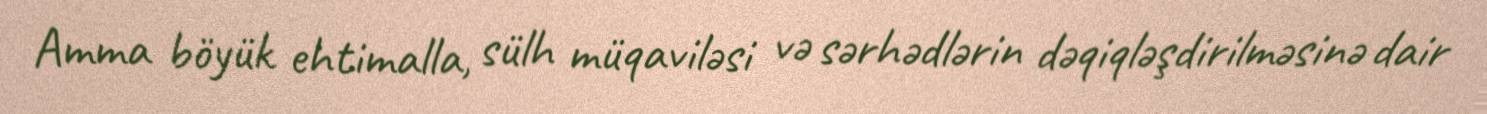
Amma böyük ehtimalla, sülh müqaviləsi və sərhədlərin dəqiqləşdirilməsinə dair